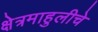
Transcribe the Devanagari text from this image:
क्षेत्रमाहुलीचे